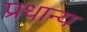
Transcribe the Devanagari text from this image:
प्रधान्य